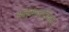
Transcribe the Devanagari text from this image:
अनुमानविचार